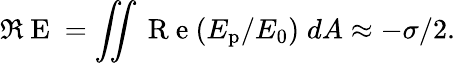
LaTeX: \Re\mathrm{~E~}=\iint\mathrm{~R~e~}(E_{\mathrm{p}}/E_{0})\; dA\approx-\sigma/2.